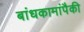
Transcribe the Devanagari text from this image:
बांधकामांपैकी